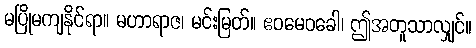
မပြိုမကျနိုင်ရာ။ မဟာရာဇ၊ မင်းမြတ်။ ဧဝမေဝခေါ၊ ဤအတူသာလျှင်။